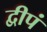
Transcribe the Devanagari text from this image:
द्वीपं